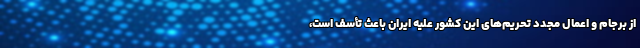
از برجام و اعمال مجدد تحریم‌های این کشور علیه ایران باعث تأسف است،